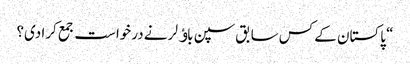
“ پاکستان کے کس سابق سپن باﺅلر نے درخواست جمع کرا دی؟